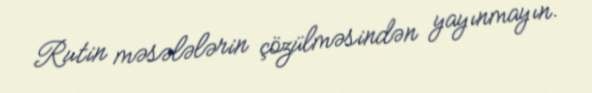
Rutin məsələlərin çözülməsindən yayınmayın.